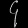
Digit: ၄